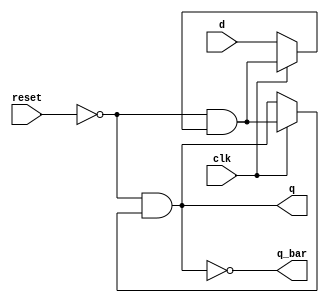
module dff(d, clk, reset, q, q_bar);

	input d;
	input clk;
	input reset;
	output reg q;
	output reg q_bar;

	reg tmp;
	
	
    always @ (~reset & (clk ? tmp : d)) begin
        tmp <= ~reset & (clk ? tmp : d);
    end


	
	
    always @ (~reset & (clk ? tmp : q)) begin
        q <= ~reset & (clk ? tmp : q);
    end


	
	
    always @ (~q) begin
        q_bar <= ~q;
    end



endmodule